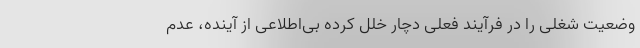
وضعیت شغلی را در فرآیند فعلی دچار خلل کرده بی‌اطلاعی از آینده، عدم